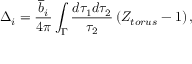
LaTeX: \Delta _ { i } = \frac { \overline { { { b } } } _ { i } } { 4 \pi } \int _ { \Gamma } \frac { d \tau _ { 1 } d \tau _ { 2 } } { \tau _ { 2 } } \left( Z _ { t o r u s } - 1 \right) ,